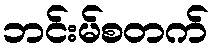
ဘင်းမ်စတက်